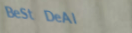
BeSt DeAl